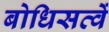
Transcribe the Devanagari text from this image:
बोधिसत्वें